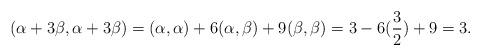
LaTeX: \begin{align*} (\alpha+3\beta, \alpha+3\beta) = (\alpha, \alpha) + 6(\alpha,\beta) + 9(\beta, \beta) = 3 - 6(\frac{3}{2}) + 9 = 3.\end{align*}